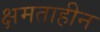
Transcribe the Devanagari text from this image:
क्षमताहीन